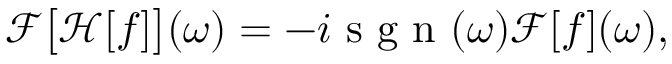
\begin{array} { r } { \mathcal { F } \big [ \mathcal { H } [ f ] \big ] ( \omega ) = - i \mathrm { ~ s ~ g ~ n ~ } ( \omega ) \mathcal { F } [ f ] ( \omega ) , } \end{array}